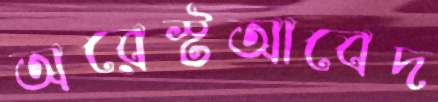
অরেস্টআবেদ